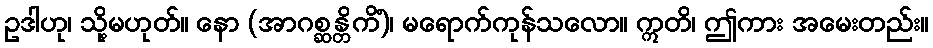
ဥဒါဟု၊ သို့မဟုတ်။ နော (အာဂစ္ဆန္တိကိံ)၊ မရောက်ကုန်သလော။ ဣတိ၊ ဤကား အမေးတည်း။